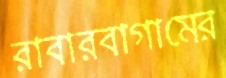
রাবারবাগামের